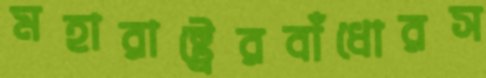
মহারাষ্ট্রেরবাঁধোরস